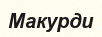
Макурди